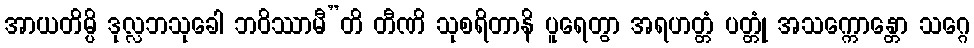
အာယတိမ္ပိ ဒုလ္လဘသုခေါ ဘဝိဿာမီ”တိ တီဏိ သုစရိတာနိ ပူရေတွာ အရဟတ္တံ ပတ္တုံ အသက္ကောန္တော သဂ္ဂေ